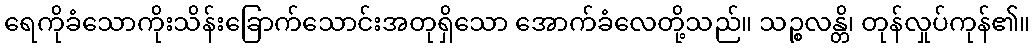
ရေကိုခံသောကိုးသိန်းခြောက်သောင်းအတုရှိသော အောက်ခံလေတို့သည်။ သဉ္စလန္တိ၊ တုန်လှုပ်ကုန်၏။